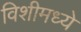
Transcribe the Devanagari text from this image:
विशीमध्ये